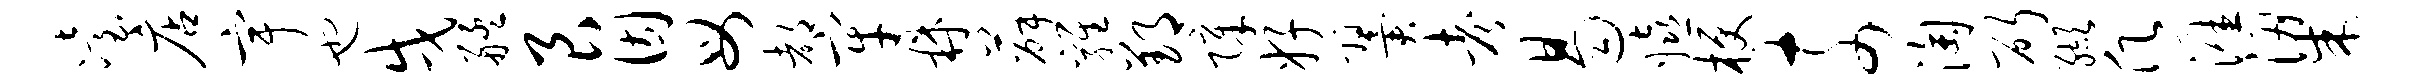
冶店宇也戌艋艮因母都牢鼎薛鸡郢障好翼考曷嬉梗奈淘斫缬愿涯梁